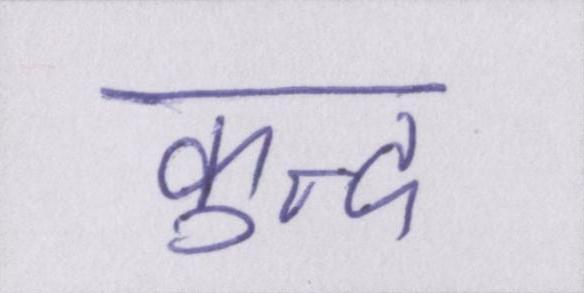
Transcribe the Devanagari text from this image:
कुन्द